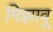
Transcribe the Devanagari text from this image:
मिझावू